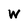
Character: W